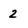
Character: 2